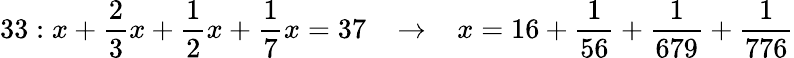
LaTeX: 33:x+{\frac{2}{3}}x+{\frac{1}{2}}x+{\frac{1}{7}}x=37\; \; \; \rightarrow\; \; \; x=16+{\frac{1}{56}}+{\frac{1}{679}}+{\frac{1}{776}}